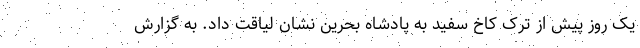
یک روز پیش از ترک کاخ سفید به پادشاه بحرین نشان لیاقت داد. به گزارش